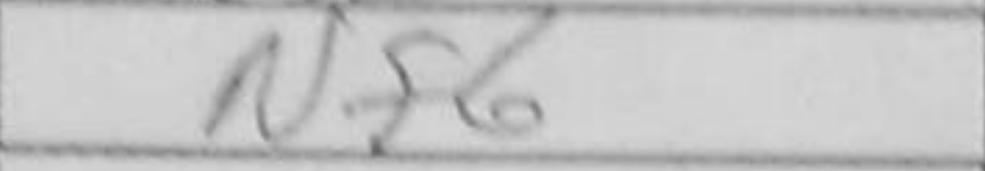
Transcription: Nf6